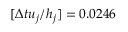
[ \Delta t u _ { j } / h _ { j } ] = 0 . 0 2 4 6